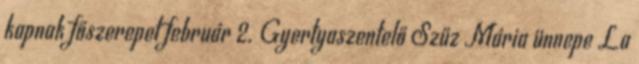
kapnak főszerepet február 2. Gyertyaszentelő Szűz Mária ünnepe La